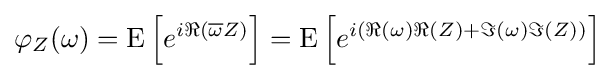
\varphi _{Z}(\omega )=\operatorname {E} \left[e^{i\Re {({\overline {\omega }}Z)}}\right]=\operatorname {E} \left[e^{i(\Re {(\omega )}\Re {(Z)}+\Im {(\omega )}\Im {(Z)})}\right]